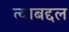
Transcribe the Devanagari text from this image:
त्‍याबद्दल